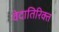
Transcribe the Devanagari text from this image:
वेदातिरिक्त